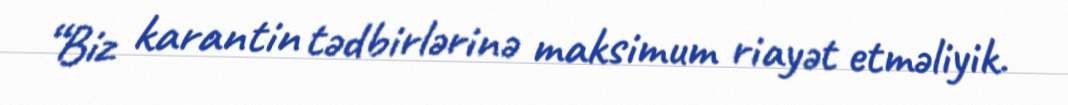
“Biz karantin tədbirlərinə maksimum riayət etməliyik.